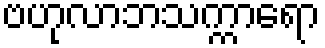
ဗဟုလာဘသက္ကာရော